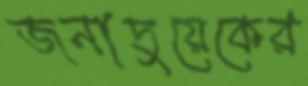
জনাদুয়েকের